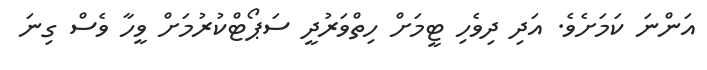
އަންނަ ކަމަށެވެ. އަދި ދިވެހި ޓީމަށް ހިތްވަރުދީ ސަޕޯޓްކުރުމަށް ވީހާ ވެސް ގިނަ